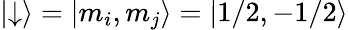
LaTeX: |{\downarrow}\rangle=|{m_{i},m_{j}}\rangle=|{1/2,-1/2}\rangle